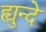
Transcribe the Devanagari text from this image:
ह्युन्दे